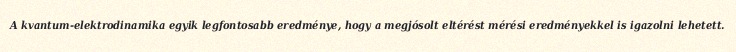
A kvantum-elektrodinamika egyik legfontosabb eredménye, hogy a megjósolt eltérést mérési eredményekkel is igazolni lehetett.